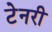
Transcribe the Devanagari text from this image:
टेनरी